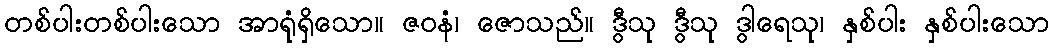
တစ်ပါးတစ်ပါးသော အာရုံရှိသော။ ဇဝနံ၊ ဇောသည်။ ဒွီသု ဒွီသု ဒွါရေသု၊ နှစ်ပါး နှစ်ပါးသော